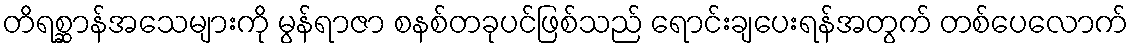
တိရစ္ဆာန်အသေများကို မွန်ရာဇာ စနစ်တခုပင်ဖြစ်သည် ရောင်းချပေးရန်အတွက် တစ်ပေလောက်